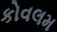
કોવલમ